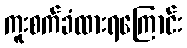
ကူးစက်ခံထားရကြောင်း